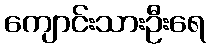
ကျောင်းသားဦးရေ